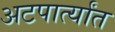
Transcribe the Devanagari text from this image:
अटपार्त्यांत